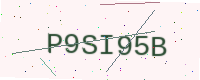
Text: P9SI95B